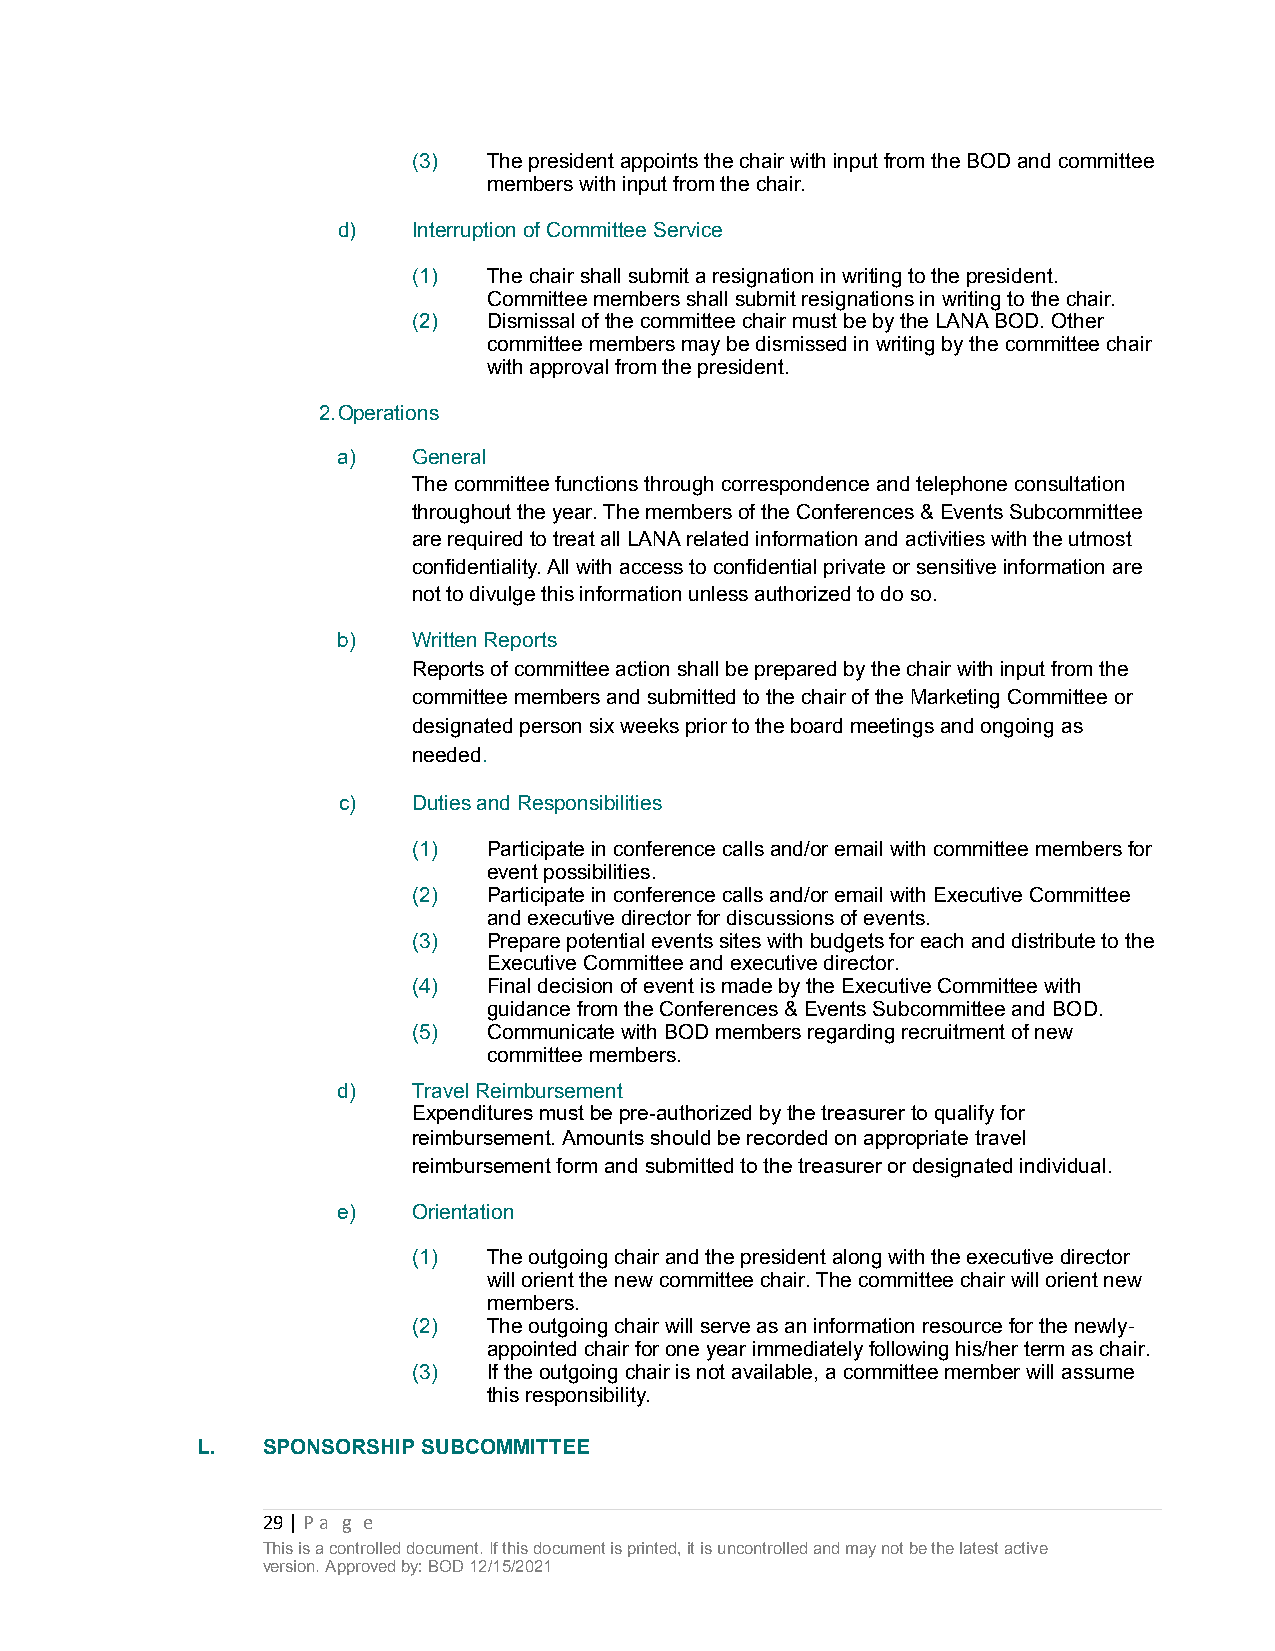
(3)  The president appoints the chair with input from the BOD and committee
 members with input from the chair.
 d)   Interruption of Committee Service
 (1)  The chair shall submit a resignation in writing to the president.
 Committee members shall submit resignations in writing to the chair.
 (2)  Dismissal of the committee chair must be by the LANA BOD. Other
 committee members may be dismissed in writing by the committee chair
 with approval from the president.
 2.Operations
 a)   General
 The committee functions through correspondence and telephone consultation
 throughout the year. The members of the Conferences & Events Subcommittee
 are required to treat all LANA related information and activities with the utmost
 confidentiality. All with access to confidential private or sensitive information are
 not to divulge this information unless authorized to do so.
 b)   Written Reports
 Reports of committee action shall be prepared by the chair with input from the
 committee members and submitted to the chair of the Marketing Committee or
 designated person six weeks prior to the board meetings and ongoing as
 needed.
 c)   Duties and Responsibilities
 (1)  Participate in conference calls and/or email with committee members for
 event possibilities.
 (2)  Participate in conference calls and/or email with Executive Committee
 and executive director for discussions of events.
 (3)  Prepare potential events sites with budgets for each and distribute to the
 Executive Committee and executive director.
 (4)  Final decision of event is made by the Executive Committee with
 guidance from the Conferences & Events Subcommittee and BOD.
 (5)  Communicate with BOD members regarding recruitment of new
 committee members.
 d)   Travel Reimbursement
 Expenditures must be pre-authorized by the treasurer to qualify for
 reimbursement. Amounts should be recorded on appropriate travel
 reimbursement form and submitted to the treasurer or designated individual.
 e)   Orientation
 (1)  The outgoing chair and the president along with the executive director
 will orient the new committee chair. The committee chair will orient new
 members.
 (2)  The outgoing chair will serve as an information resource for the newly-
 appointed chair for one year immediately following his/her term as chair.
 (3)  If the outgoing chair is not available, a committee member will assume
 this responsibility.
 L.  SPONSORSHIP SUBCOMMITTEE
 29 | Pa g e
 This is a controlled document. If this document is printed, it is uncontrolled and may not be the latest active
 version. Approved by: BOD 12/15/2021